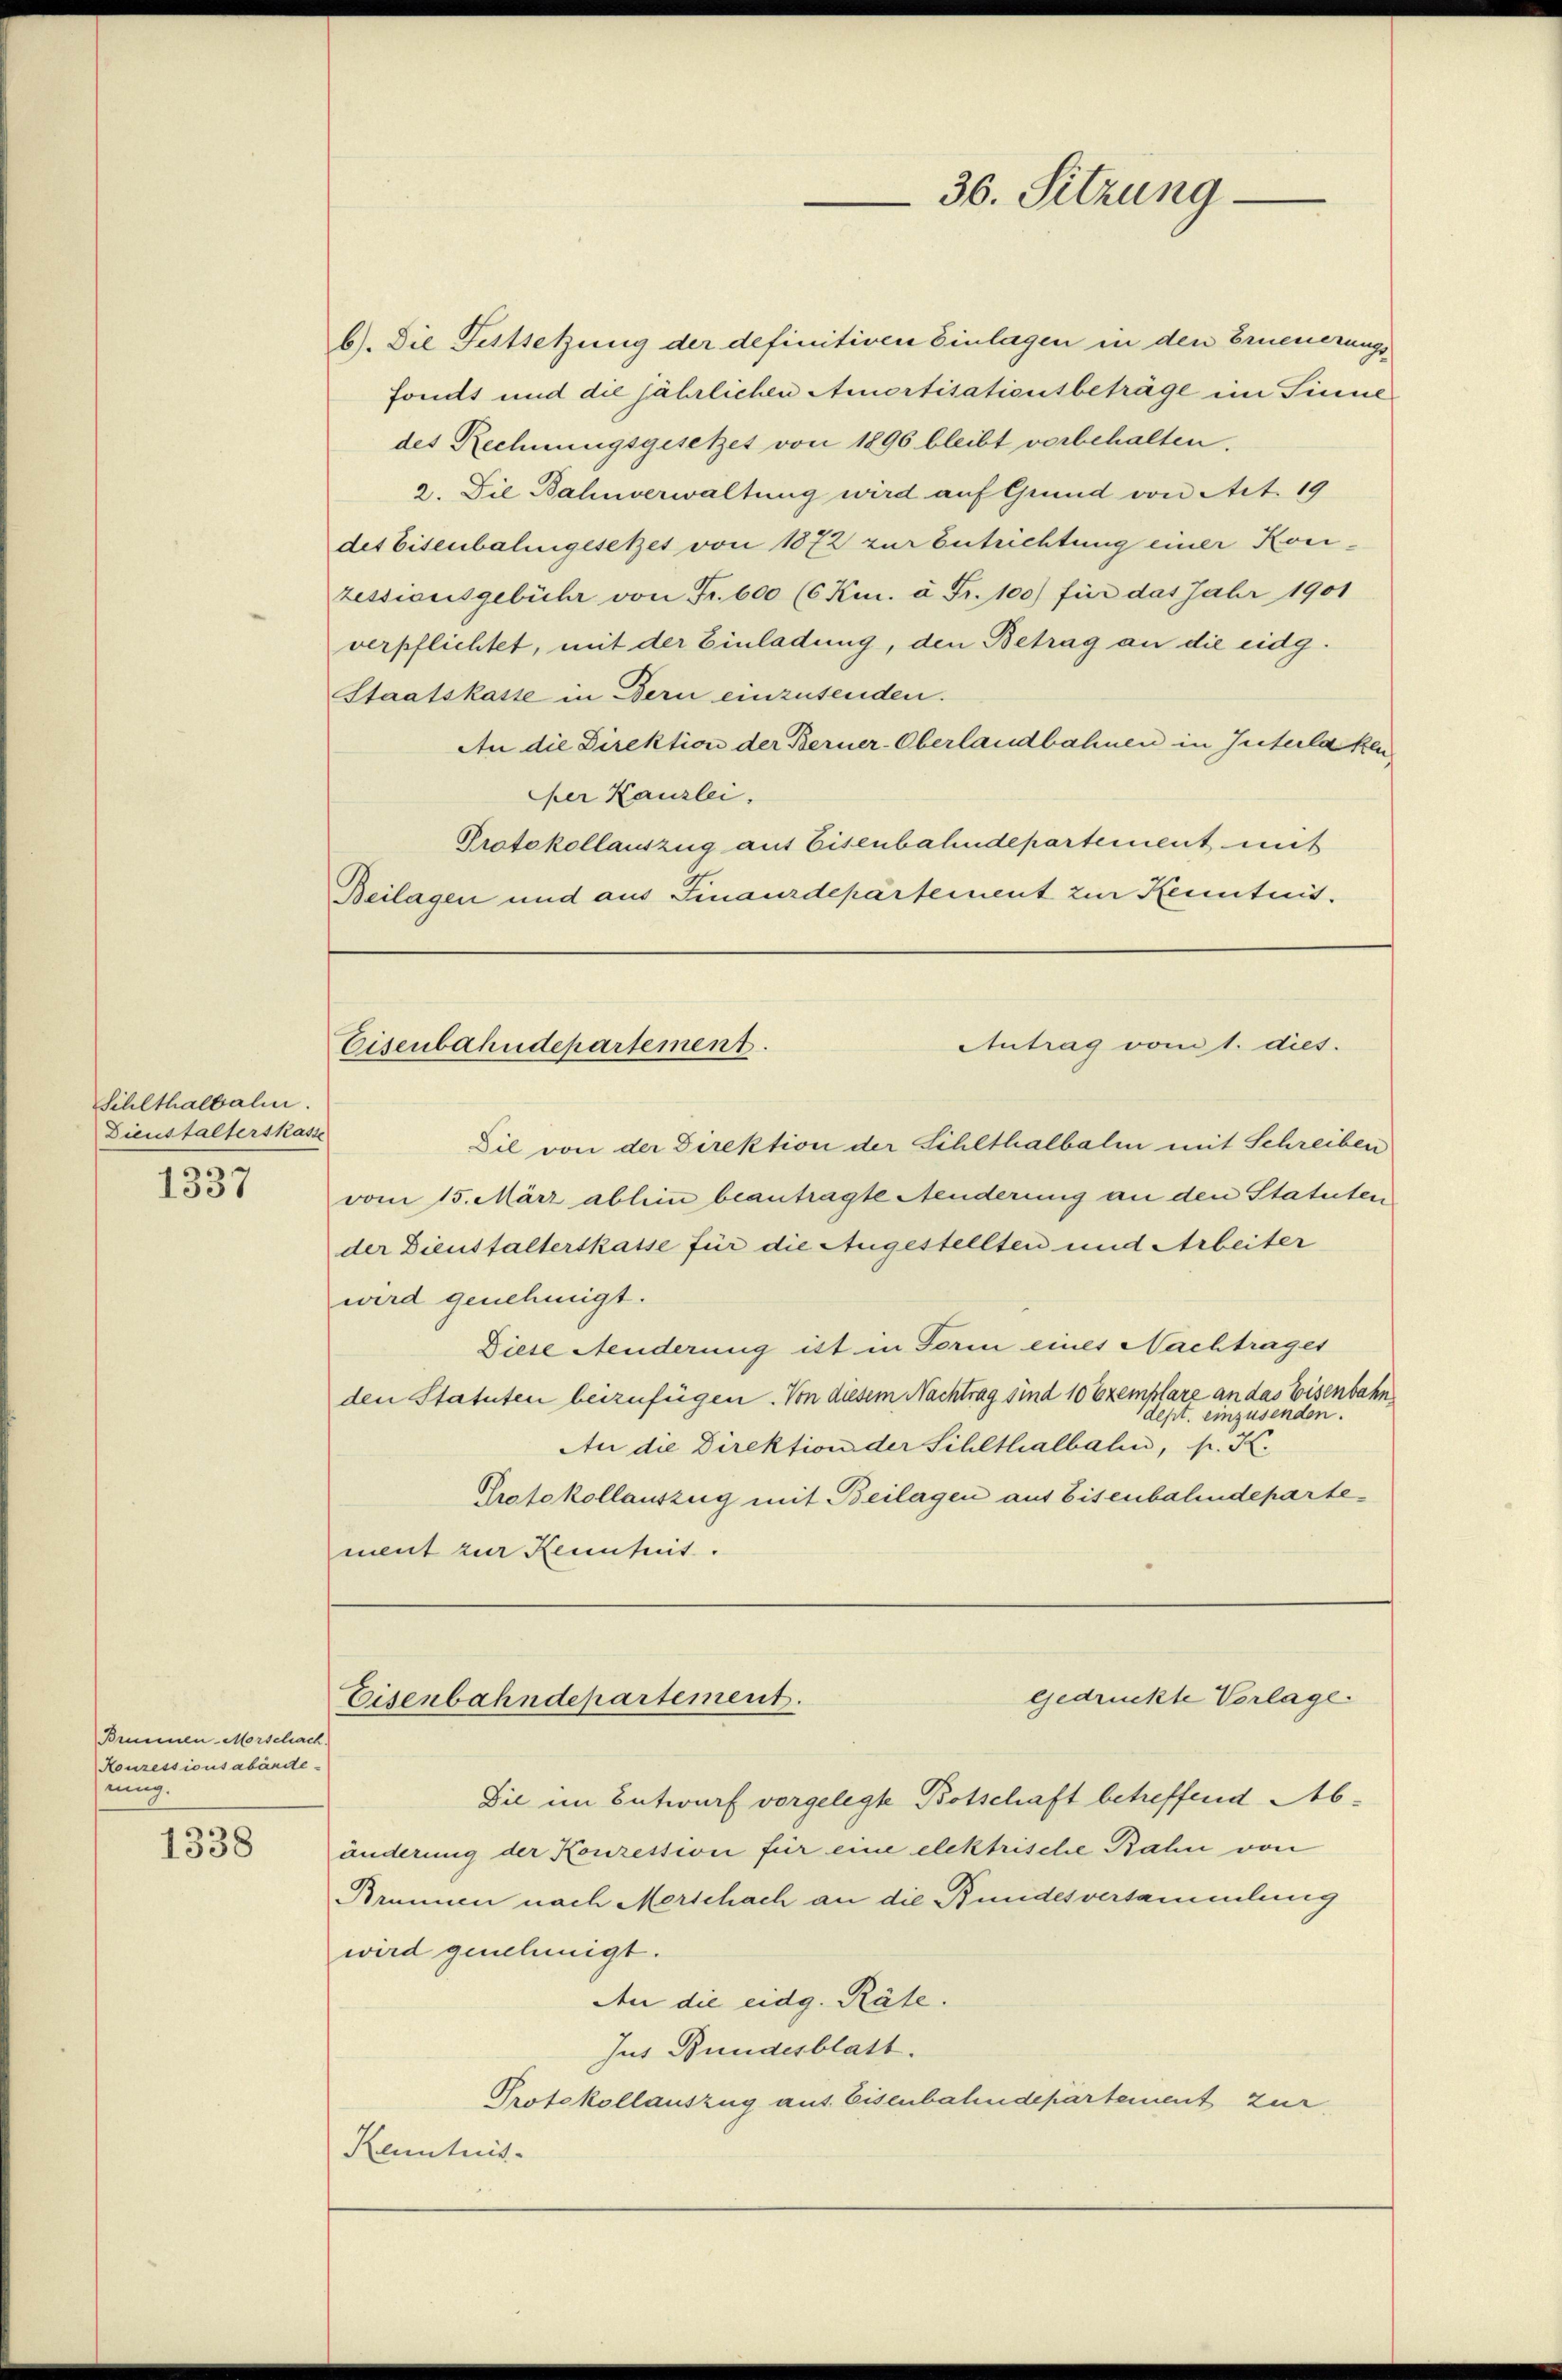
Schlthalbali.
Dienstalterskasse

1337

Brunnen-Morschach.
Houressionsabände-
nung.

1338

b). Die Festsetzung der definitiven Einlagen in den Erneuerungsfonds und die jährlichen Amortisationsbeträge im Sinnedes Rechnungsgesetzes von 1896 bleibt vorbehalten.
2. Die Bahnverwaltung wird auf Grund von Art. 19
des Eisenbahngesetzes von 1872 zur Entrichtung einer Konzessionsgebühr von Fr. 600 (6 Kr. à Fr. 100) für das Jahr 1901
verpflichtet, mit der Einladung, den Betrag an die eidg¬
Staatskasse in Bern einzusenden.
An die Direktion der Berner-Oberlandbahnen in Interlaken
her Kanzlei.
Protokollauszug aus Eisenbahndepartement mit
Beilagen und aus Finanzdepartement zur Kenntnis.

Dil von der Direktion der Sihlthalbalm mit Schreiben
vom 15. März ablein beantragte Aenderung an den Statuten
der Dienstalterskasse für die Augestellten und Arbeiter
wird genehmigt.
Diese Aenderung ist in Form eines Nachtrages
den Statuten beizufügen. Von diesem Nachtrag sind 10 Exemplare an das Eisenbahn
dept. einzusenden.
An die Direktion der Schlthalbahn, p. K.
Protokollauszug mit Beilagen aus Eisenbahndepartement zur Kenntnis.

36. Sitzung.

Antrag von 1. dies.
Eisenbahndepartement.

Eisenbahndepartement.

Die im Entwurf vorgelegte Botschaft betreffend Abänderung der Konzession für eine elektrische Bahn von
Brunnen nach Merschach an die Bundesversammlung
wird genehmigt.
An die eidg. Räte.
Jus Bundesblatt.
Protokollauszug aus Eisenbahndepartement zur
Kenntnis-

gedruckte Vorlage.